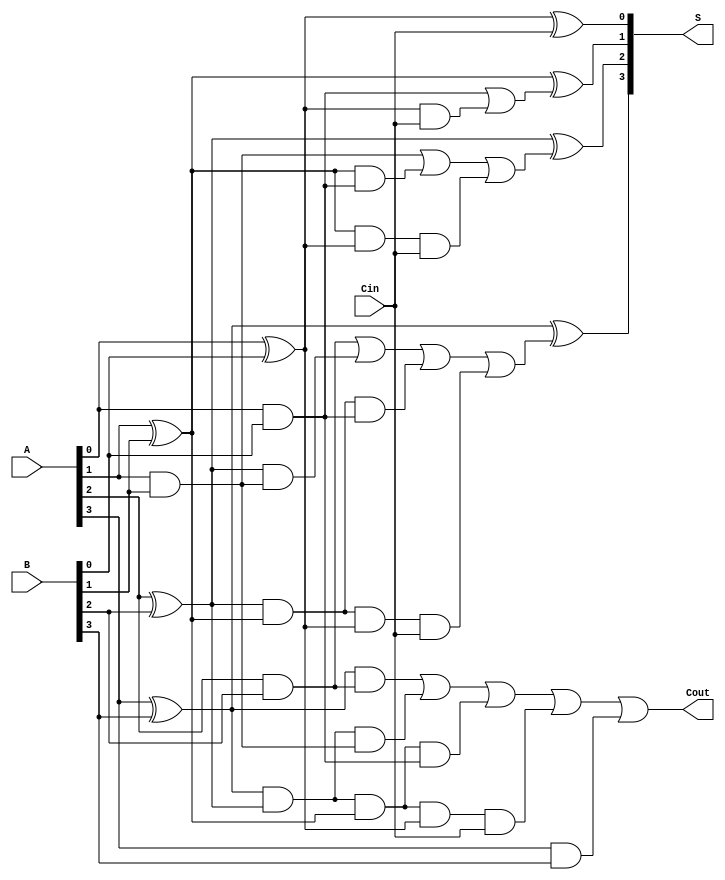
`timescale 1ns / 1ps
//////////////////////////////////////////////////////////////////////////////////
// Company: 
// Engineer: 
// 
// Design Name: 
// Module Name: CLA
// Project Name: 
// Target Devices: 
// Tool Versions: 
// Description: 
// 
// Dependencies: 
// 
// Revision:
// Revision 0.01 - File Created
// Additional Comments:
// 
//////////////////////////////////////////////////////////////////////////////////


module CLA_Adder_4bit(
input [3:0]A, B,
input Cin,
output [3:0]S,
output Cout
    );
    wire [3:0]G;
    wire [2:0]C;
    wire [10:1]W;
    wire [3:0]P;
    and G0 (G[0],A[0],B[0]);
    and G1 (G[1],A[1],B[1]);
    and G2 (G[2],A[2],B[2]);
    and G3 (G[3],A[3],B[3]);
    xor P0 (P[0],A[0],B[0]);
    xor P1 (P[1],A[1],B[1]);
    xor P2 (P[2],A[2],B[2]);
    xor P3 (P[3],A[3],B[3]);
    and(W[5],P[0],Cin);
    or C0 (C[0],G[0],W[5]);
    and(W[6],P[1],G[0]);
    and(W[7],P[1],P[0],Cin);
    or C1 (C[1],G[1],W[6],W[7]);
    and(W[8],P[2],G[1]);
    and (W[9],P[2],P[1],G[0]);
    and (W[10],P[2],P[1],P[0],Cin);
    or C2 (C[2],G[2],W[8],W[9],W[10]);
    and(W[1],P[3],G[2]);
    and(W[2],P[3],P[2],G[1]);
    and(W[3],P[3],P[2],P[1],G[0]);
    and(W[4],P[3],P[2],P[1],P[0],Cin);
    or C3(Cout,W[1],W[2],W[3],W[4],G[3]);
    xor S0 (S[0],P[0],Cin);
    xor S1 (S[1],P[1],C[0]);
    xor S2 (S[2],P[2],C[1]);
    xor S3 (S[3],P[3],C[2]);
endmodule

//module for 16 bit cla adder.
module CLA_Adder_16bit(
input [15:0]A,B,
output [15:0]S,
input Cin,
output Cout
);
wire [2:0]c;
CLA_Adder_4bit Add1 (.A(A[3:0]),.B(B[3:0]),.Cin(Cin),.Cout(c[0]),.S(S[3:0]));
CLA_Adder_4bit Add2 (.A(A[7:4]),.B(B[7:4]),.Cin(c[0]),.Cout(c[1]),.S(S[7:4]));
CLA_Adder_4bit Add3 (.A(A[11:8]),.B(B[11:8]),.Cin(c[1]),.Cout(c[2]),.S(S[11:8]));
CLA_Adder_4bit Add4 (.A(A[15:12]),.B(B[15:12]),.Cin(c[2]),.Cout(Cout),.S(S[15:12]));
endmodule